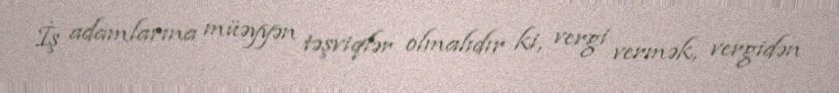
İş adamlarına müəyyən təşviqlər olmalıdır ki, vergi vermək, vergidən